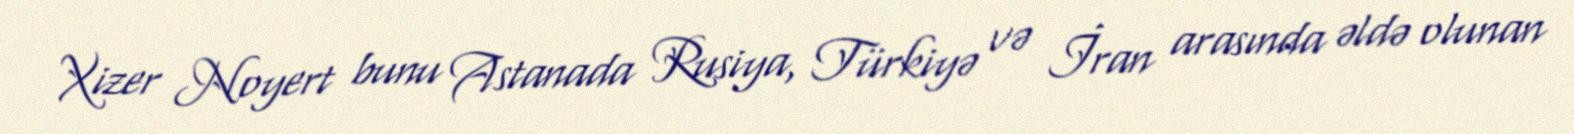
Xizer Noyert bunu Astanada Rusiya, Türkiyə və İran arasında əldə olunan